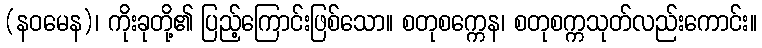
(နဝမေန)၊ ကိုးခုတို့၏ ပြည့်ကြောင်းဖြစ်သော။ စတုစက္ကေန၊ စတုစက္ကသုတ်လည်းကောင်း။